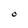
Character: O